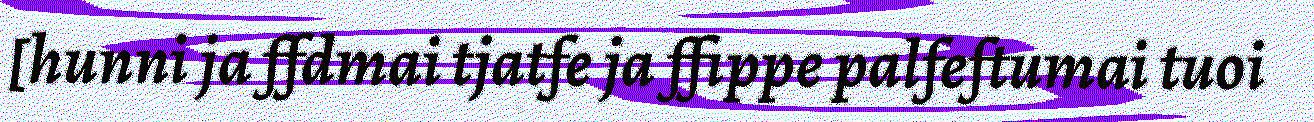
[hunni ja ffdmai tjatfe ja ffippe palfeftumai tuoi